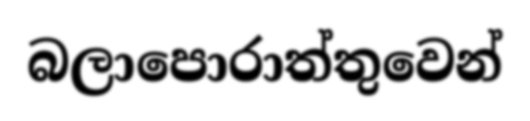
බලාපොරාත්තුවෙන්